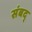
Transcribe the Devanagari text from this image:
संबद्